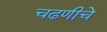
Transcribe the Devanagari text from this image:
चढणीचे